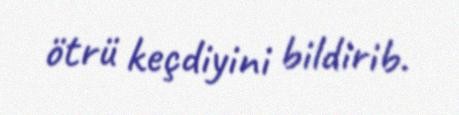
ötrü keçdiyini bildirib.